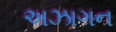
અઝાગન